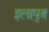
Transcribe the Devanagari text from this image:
इलापुत्र